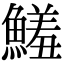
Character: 鱃